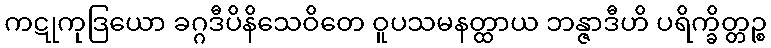
ကဋုကုဒြယော ခဂ္ဂဒီပိနိသေဝိတေ ဝူပသမနတ္ထာယ ဘန္ဇာဒီဟိ ပရိက္ခိတ္တဉ္စ